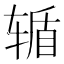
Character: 𮝸